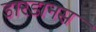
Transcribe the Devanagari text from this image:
डारडानस